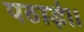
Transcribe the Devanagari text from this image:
पठाई।।